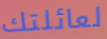
لعائلتك